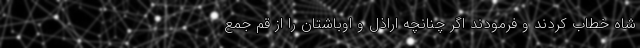
شاه خطاب کردند و فرمودند اگر چنانچه اراذل و اوباشتان را از قم جمع